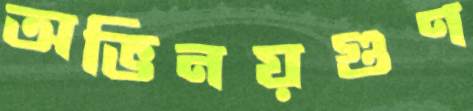
অভিনয়গুণ